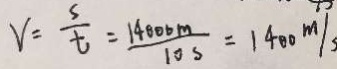
V = \frac { s } { t } = \frac { 1 4 0 0 0 m } { 1 0 s } = 1 4 0 0 m / s